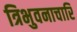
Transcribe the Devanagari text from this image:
त्रिभुवनाचारि